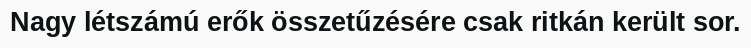
Nagy létszámú erők összetűzésére csak ritkán került sor.